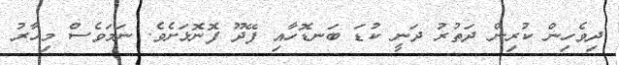
ދިވެހިން ކުރިން ދަތުރު ދަނީ ކުޑަ ބަނޑޮހާއި ފޭދޫ ފޮނޮޅަށެވެ. ނަމަވެސް މިހާރު